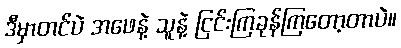
ဒီမှာတင်ပဲ အဖေနဲ့ သူနဲ့ ငြင်းကြခုန်ကြတော့တာပဲ။